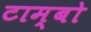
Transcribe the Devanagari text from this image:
टाम्‍बो